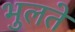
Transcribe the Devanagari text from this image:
भुलते